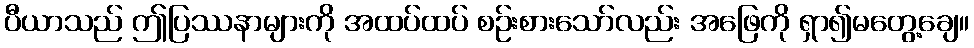
ပီယာသည် ဤပြဿနာများကို အထပ်ထပ် စဉ်းစားသော်လည်း အဖြေကို ရှာ၍မတွေ့ချေ။